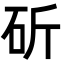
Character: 斫